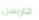
هاريسن